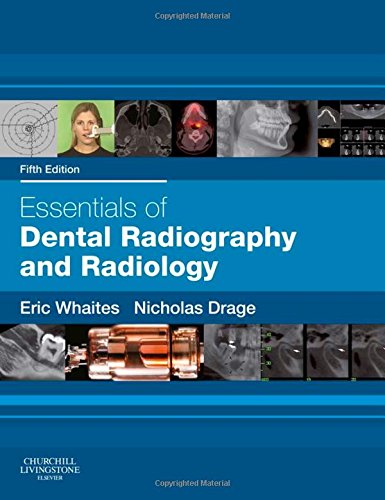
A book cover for Essentials of Dental Radiography and Radiology, 5e; Eric Whaites MSc BDS(Hons) FDSRCS(Edin) FDSRCS(Eng) FRCR DDRRCR; Medical Books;